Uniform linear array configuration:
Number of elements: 16
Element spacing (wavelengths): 1
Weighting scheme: blackman
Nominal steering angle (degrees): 60
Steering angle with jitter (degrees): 59.816
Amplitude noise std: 0.05
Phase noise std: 0.05

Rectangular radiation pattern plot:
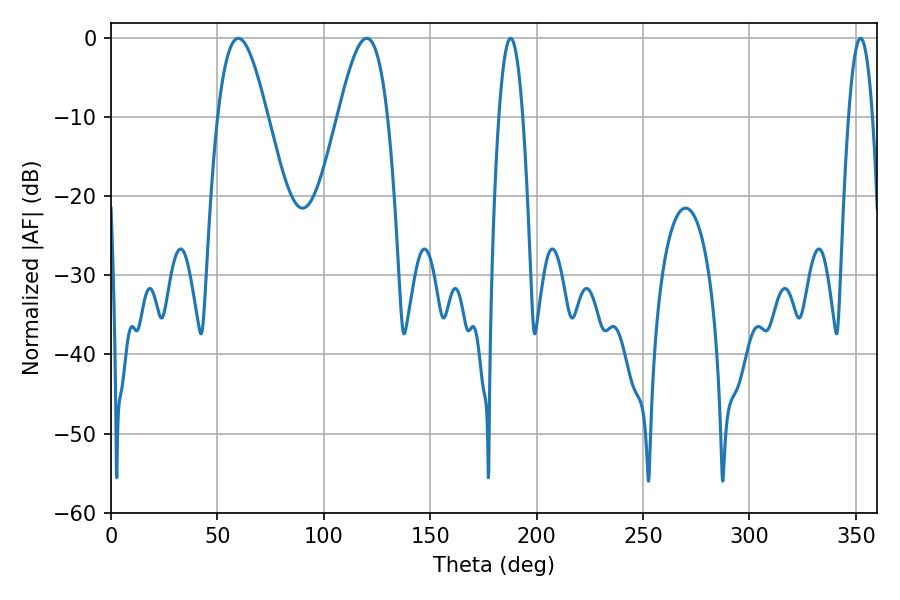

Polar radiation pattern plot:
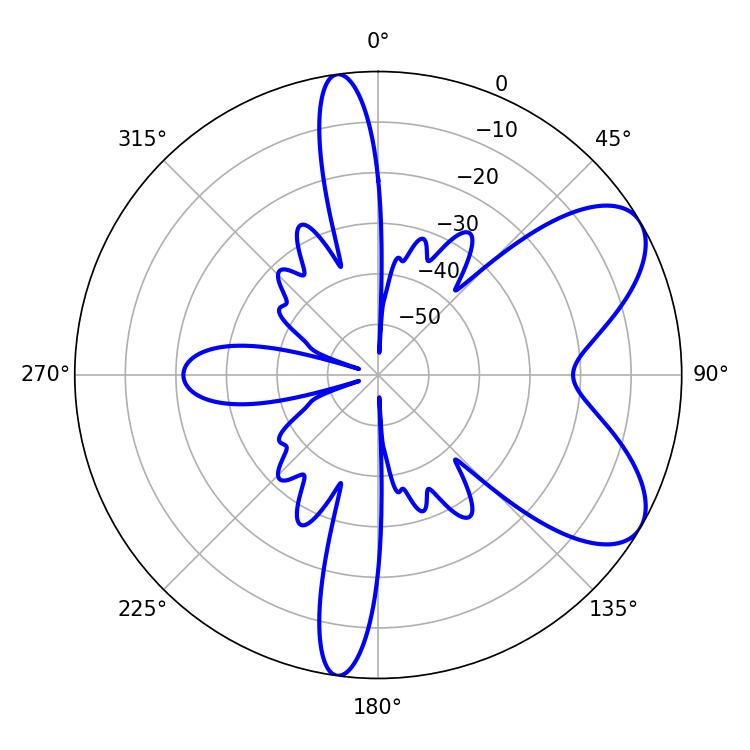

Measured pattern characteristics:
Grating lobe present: TRUE
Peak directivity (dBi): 7.114
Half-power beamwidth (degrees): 12.6
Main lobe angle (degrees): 120.24